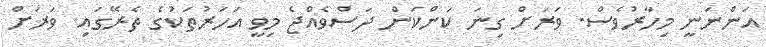
އަންނަނީ މިހާރުވެސް. ވަރަށް ގިނަ ކަންކަން ދަސްވެއްޖެ މިވީ އަހަރުތަކުގެ ތެރޭގައި. ވަރަށް